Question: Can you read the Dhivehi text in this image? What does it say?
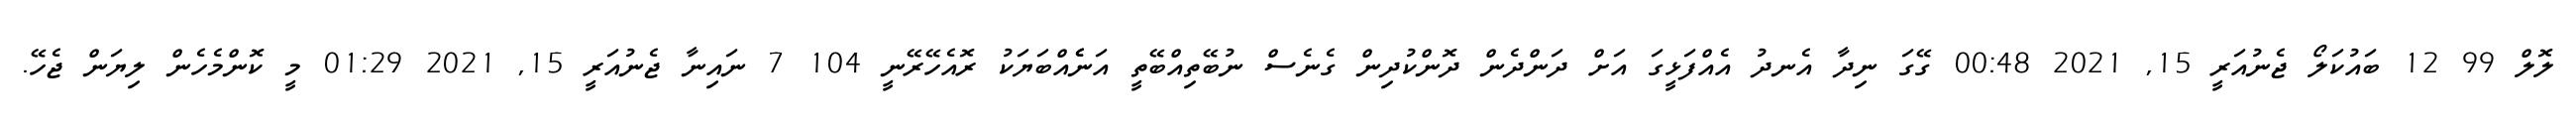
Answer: ލޮލް 99 12 ބައުކަލޯ ޖެނުއަރީ 15, 2021 00:48 ގޭގަ ނިދާ އެނދު އެއްފަޅީގަ އަށް ދަންދެން ދޮންކުދިން ގެނެސް ނުބޭތިއްބޭތީ އަނެެއްބަޔަކު ރޮއެހޭރޭނީ 104 7 ނައިނާ ޖެނުއަރީ 15, 2021 01:29 މީ ކޮންމެހެން ލިޔަން ޖެހޭ.